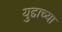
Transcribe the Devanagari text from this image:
युद्दाच्या